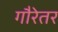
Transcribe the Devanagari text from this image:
गौरेतर